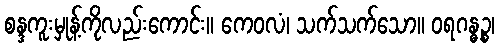
စန္ဒကူးမှုန့်ကိုလည်းကောင်း။ ကေဝလံ၊ သက်သက်သော။ ဝရဂန္ဓဉ္စ၊